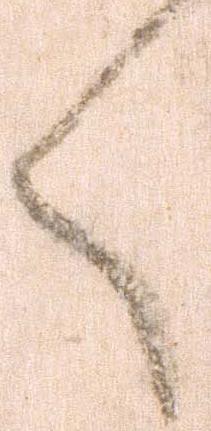
く